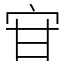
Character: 𭓣